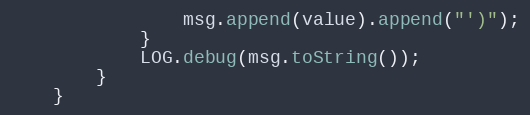
Language: Java
                msg.append(value).append("')");
            }
            LOG.debug(msg.toString());
        }
    }